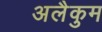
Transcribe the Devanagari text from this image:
अलैकुम